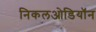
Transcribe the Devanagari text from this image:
निकलओडियॉन